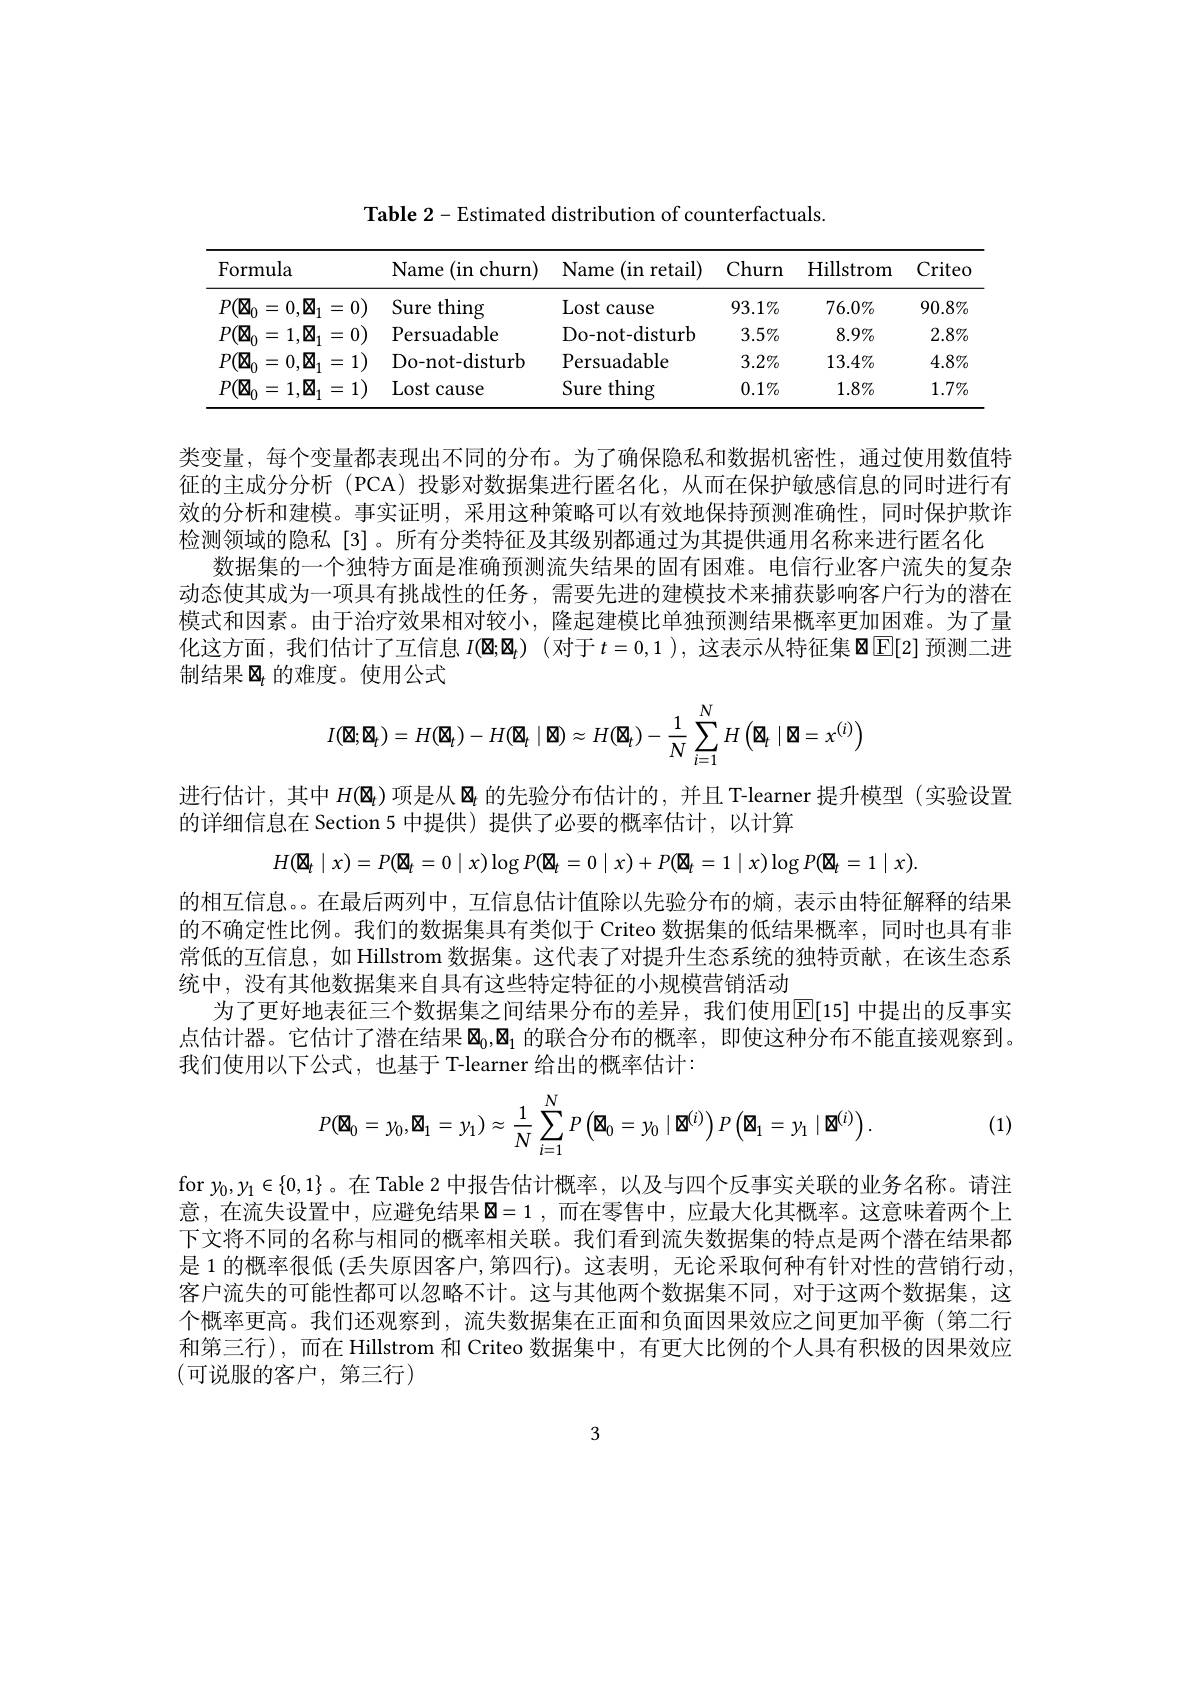
Table 2-Estimated distribution of counterfactuals

<table>
	<tbody>
		<tr>
			<th>Formula</th>
			<th>Name (in churn)</th>
			<th>Name (in retail) 1</th>
			<th>Churn</th>
			<th>Hillstrom</th>
			<th>Critec</th>
		</tr>
		<tr>
			<td>$P(\mathbf{\boxtimes}_0$ $=0,\mathbf{\boxtimes}_1$ =0)</td>
			<td>Sure :thing 1</td>
			<td>Lost cause</td>
			<td>$93.1\%$</td>
			<td>$76.0\%$</td>
			<td>$90.8\%$</td>
		</tr>
		<tr>
			<td>$P(\mathbf{\boxtimes}_0$ $:1,\boxtimes_{1}$ = 0) = =</td>
			<td>Persuadable</td>
			<td>Do-not-disturb</td>
			<td>$3.5\%$</td>
			<td>$8.9\%$</td>
			<td>$2.8\%$</td>
		</tr>
		<tr>
			<td>$P(\boxtimes_{0}$ $0,\boxtimes$ 1) 二 = </td>
			<td>Do-not-disturb</td>
			<td>Persuadable</td>
			<td>$3.2\%$</td>
			<td>$13.4\%$</td>
			<td>$4.8\%$</td>
		</tr>
		<tr>
			<td>$P(\mathbf{因}_{0}$ $=1,\boxtimes_{1}$ =1) =</td>
			<td>Lost cause</td>
			<td>Sure $\because$thing</td>
			<td>$0.1\%$</td>
			<td>$1.8\%$</td>
			<td>$1.7\%$</td>
		</tr>
	</tbody>
</table>

类变量，每个变量都表现出不同的分布。为了确保隐私和数据机密性，通过使用数值特征的主成分分析 (PCA)投影对数据集进行匿名化，从而在保护敏感信息的同时进行有效的分析和建模。事实证明，采用这种策略可以有效地保持预测准确性，同时保护欺诈检测领域的隐私[3]。所有分类特征及其级别都通过为其提供通用名称来进行匿名化
数据集的一个独特方面是准确预测流失结果的固有困难。电信行业客户流失的复杂动态使其成为一项具有挑战性的任务，需要先进的建模技术来捕获影响客户行为的潜在模式和因素。由于治疗效果相对较小，隆起建模比单独预测结果概率更加困难。为了量化这方面，我们估计了互信息$I( \mathbf{\Phi } ; \mathbf{\Phi } _t)$ (对于$t=0,1)$,这表示从特征集$\boxtimes\operatorname{E[2]}$预测二进制结果$\boxtimes_t$ 的难度。使用公式
$$I(\boxtimes;\boxtimes_t)=H(\boxtimes_t)-H(\boxtimes_t\mid\boxtimes)\approx H(\boxtimes_t)-\frac{1}{N}\sum_{i=1}^NH\left(\boxtimes_t\mid\boxtimes=x^{(i)}\right)$$
进行估计，其中$H(\mathbf{\Phi}_t)$项是从$\boxtimes_t$的先验分布估计的，并且 T-learner 提升模型 (实验设置
的详细信息在 Section 5 中提供) 提供了必要的概率估计，以计算
$H(\mathbf{國}_{t}\mid x)=P(\mathbf{國}_{t}=0\mid x)\log P(\mathbf{國}_{t}=0\mid x)+P(\mathbf{國}_{t}=1\mid x)\log P(\mathbf{國}_{t}=1\mid x)$
的相互信息。。在最后两列中，互信息估计值除以先验分布的熵，表示由特征解释的结果的不确定性比例。我们的数据集具有类似于 Criteo 数据集的低结果概率，同时也具有非常低的互信息，如 Hillstrom 数据集。这代表了对提升生态系统的独特贡献，在该生态系统中，没有其他数据集来自具有这些特定特征的小规模营销活动
为了更好地表征三个数据集之间结果分布的差异，我们使用$\mathbb{E}[15]$ 中提出的反事实点估计器。它估计了潜在结果$\boxtimes_0,\boxtimes_1$ 的联合分布的概率，即使这种分布不能直接观察到。我们使用以下公式，也基于 T-learner 给出的概率估计：
$$P(\boxtimes_0=y_0,\boxtimes_1=y_1)\approx\dfrac{1}{N}\sum\limits_{i=1}^NP\left(\boxtimes_0=y_0\mid\boxtimes^{(i)}\right)P\left(\boxtimes_1=y_1\mid\boxtimes^{(i)}\right).$$
(1)
for $y_0,y_1\in\{0,1\}$。在 Table 2 中报告估计概率，以及与四个反事实关联的业务名称。请注意，在流失设置中，应避免结果$\boxtimes=1$ ,而在零售中，应最大化其概率。这意味着两个上下文将不同的名称与相同的概率相关联。我们看到流失数据集的特点是两个潜在结果都是 1 的概率很低 (丢失原因客户，第四行)。这表明，无论采取何种有针对性的营销行动， 客户流失的可能性都可以忽略不计。这与其他两个数据集不同，对于这两个数据集，这个概率更高。我们还观察到，流失数据集在正面和负面因果效应之间更加平衡(第二行和第三行),而在 Hillstrom 和 Criteo 数据集中，有更大比例的个人具有积极的因果效应(可说服的客户，第三行)

3